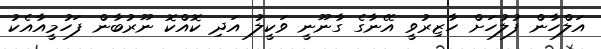
އަލްހާން ފުލުހަށް ހާޒިރުވީ އޭނާގެ ގާނޫނީ ވަކީލު އަދި ކޮއްކޮ ނޫރުބާން ފަހުމީއާއެކު